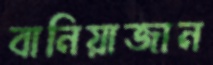
বানিয়াজান